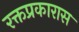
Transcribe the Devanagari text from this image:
रक्तप्रकारास